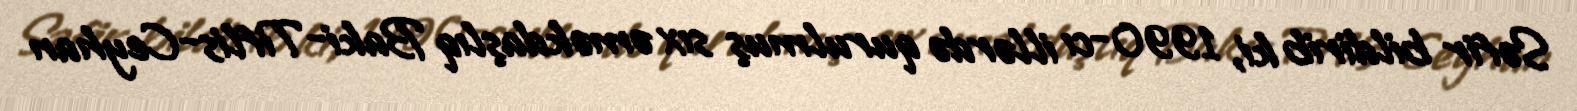
Səfir bildirib ki, 1990-cı illərdə qurulmuş sıx əməkdaşlıq Baki-Tiflis-Ceyhan